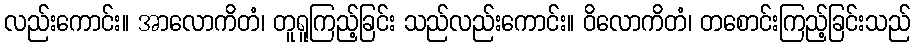
လည်းကောင်း။ အာလောကိတံ၊ တူရူကြည့်ခြင်း သည်လည်းကောင်း။ ဝိလောကိတံ၊ တစောင်းကြည့်ခြင်းသည်